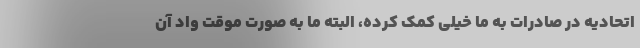
اتحادیه در صادرات به ما خیلی کمک کرده، البته ما به صورت موقت واد آن